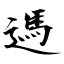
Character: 遤